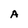
Character: A